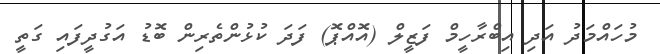
މުހައްމަދު އަދި އިބްރާހީމް ފަޒީލް (އޮއްޕޮ) ފަދަ ކުޅުންތެރިން ބޮޑު އަގުދީފައި ގަތީ